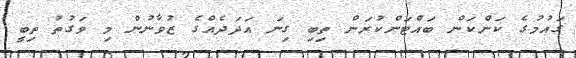
ގައުމުގެ ކަންކަން ބައްޓަންކުރަން ތިބި ގިނަ އަދަދެއްގެ ޒުވާނުން މި ވަގުތު ތިބީ